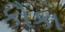
કૌકા